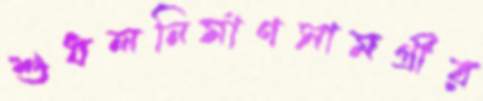
শুধলনির্মাণসামগ্রীর